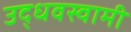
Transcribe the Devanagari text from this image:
उद्धवस्वामी